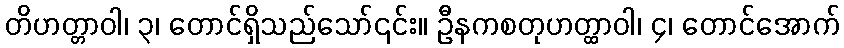
တိဟတ္တာဝါ၊ ၃၊ တောင်ရှိသည်သော်၎င်း။ ဦနကစတုဟတ္ထာဝါ၊ ၄၊ တောင်အောက်